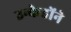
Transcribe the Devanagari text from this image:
उन्केहोंने